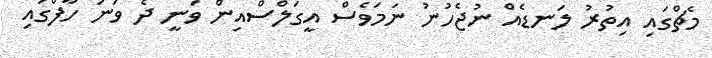
މެޗްގައި އިތުރު ލަނޑެއް ނުޖެހުނު ނަމަވެސް އީގަލްސްއިން ވަނީ ދެ ވަނަ ހާފްގައި